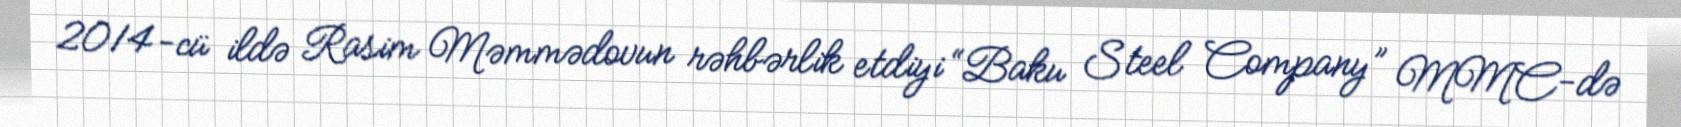
2014-cü ildə Rasim Məmmədovun rəhbərlik etdiyi “Baku Steel Company” MMC-də